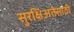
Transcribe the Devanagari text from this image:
सुरक्षिअतेसाठी